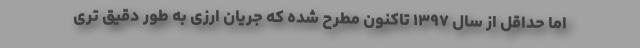
اما حداقل از سال ۱۳۹۷ تاکنون مطرح شده که جریان ارزی به طور دقیق تری